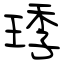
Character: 㻑